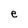
Character: e